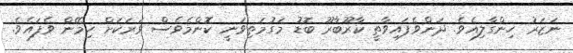
ނަޒަރު ހިންގާލިއެވެ. ދަންވެފައިވާތީ ކާރޫބާރޫ ބޮޑު މަގުމަތިވަނީ ކޮންމެވެސް ވަރަކަށް ހިމޭން ވެފައެވެ.